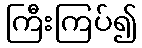
ကြီးကြပ်၍